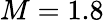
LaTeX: M=1.8